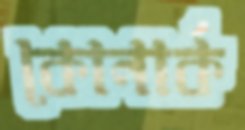
কোনার্ক